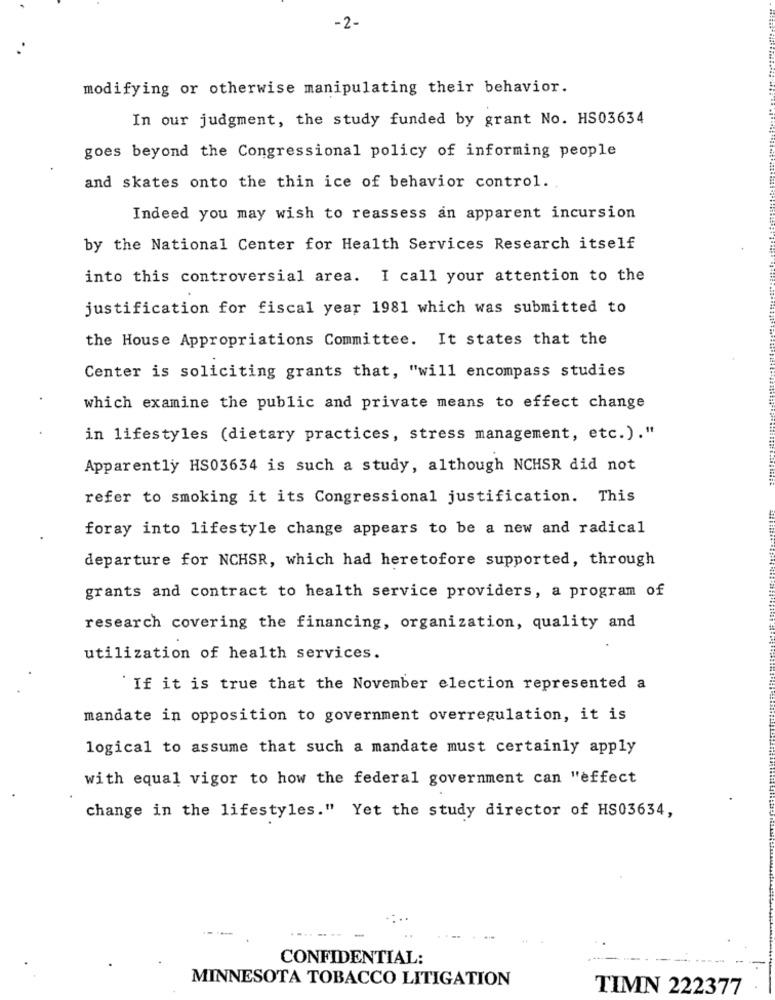
-2-
modifying or otherwise manipulating their behavior.
In our judgment, the study funded by grant No. HS03634
goes beyond the Congressional policy of informing people
and skates onto the thin ice of behavior control.
Indeed you may wish to reassess an apparent incursion
by the National Center for Health Services Research itself
into this controversial area. I call your attention to the
justification for fiscal year 1981 which was submitted to
the House Appropriations Committee. It states that the
Center is soliciting grants that, "will encompass studies
which examine the public and private means to effect change
in lifestyles (dietary practices, stress management, etc.)."
Apparently HS03634 is such a study, although NCHSR did not
refer to smoking it its Congressional justification. This
foray into lifestyle change appears to be a new and radical
departure for NCHSR, which had heretofore supported, through
grants and contract to health service providers, a program of
research covering the financing, organization, quality and
utilization of health services.
"If it is true that the November election represented a
mandate in opposition to government overregulation, it is
logical to assume that such a mandate must certainly apply
with equal vigor to how the federal government can "effect
change in the lifestyles." Yet the study director of HS03634,
CONFIDENTIAL:
MINNESOTA TOBACCO LITIGATION
TIMN 222377